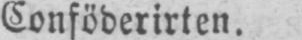
Conföderirten.